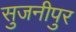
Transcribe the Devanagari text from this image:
सुजनीपुर